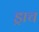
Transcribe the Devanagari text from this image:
ड्राच